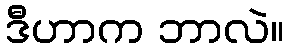
ဒီဟာက ဘာလဲ။